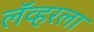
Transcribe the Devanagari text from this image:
लॅव्हरला